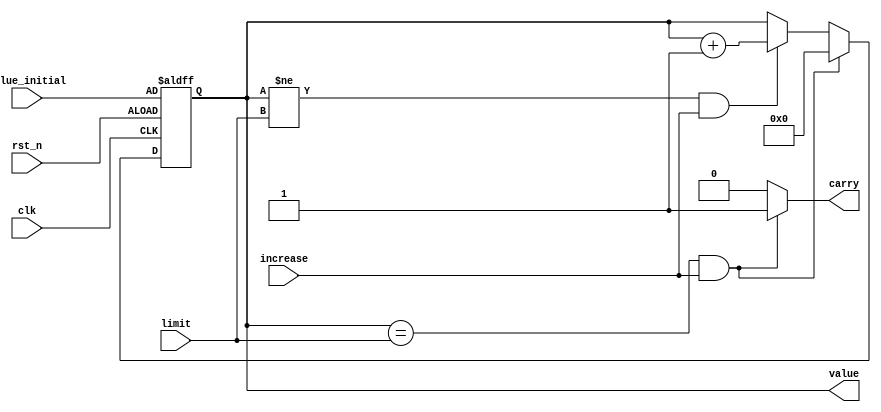
`timescale 1ns / 1ps
//////////////////////////////////////////////////////////////////////////////////
// Company: 
// Engineer: 
// 
// Design Name: 
// Module Name: Up_counter_2
// Project Name: 
// Target Devices: 
// Tool Versions: 
// Description: 
// 
// Dependencies: 
// 
// Revision:
// Revision 0.01 - File Created
// Additional Comments:
// 
//////////////////////////////////////////////////////////////////////////////////

module Up_counter_2(
    value,  //counter output
    value_initial,  //value after reset
    carry,
    clk,    //global clock
    rst_n,  //active low reset
    increase,   //counter enable control
    limit   //limit for the counter
);
output [4:0] value;
output carry;
input [4:0] value_initial;
input [4:0] limit;
input clk, rst_n, increase;
reg [4:0] value, value_tmp;
reg carry;

always @*
    if (value == limit && increase)
    begin
        value_tmp = 5'd0;
        carry = 1;
    end
    else if (value != limit && increase)
    begin
        value_tmp = value + 5'd1;
        carry = 0;
    end
    else
    begin
        value_tmp = value;
        carry = 0;
    end

always @(posedge clk or negedge rst_n)
    if (~rst_n)
        value <= value_initial;
    else
        value <= value_tmp;
 
endmodule